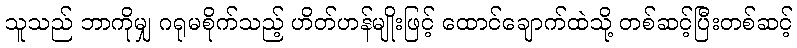
သူသည် ဘာကိုမျှ ဂရုမစိုက်သည့် ဟိတ်ဟန်မျိုးဖြင့် ထောင်ချောက်ထဲသို့ တစ်ဆင့်ပြီးတစ်ဆင့်